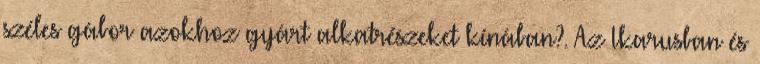
széles gábor azokhoz gyárt alkatrészeket kínában?. Az Ikarusban és